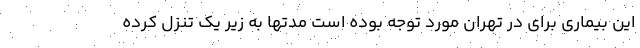
این بیماری برای در تهران مورد توجه بوده است مدتها به زیر یک تنزل کرده